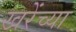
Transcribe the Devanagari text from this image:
खरेंच्या